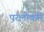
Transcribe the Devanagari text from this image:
परलोकमे